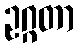
ဥဂ္ဂတာ